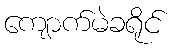
ကျောက်မဲခရိုင်